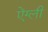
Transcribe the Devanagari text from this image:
ऐंग्ली